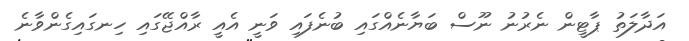
އަދާލަތު ޕާޓީން ނެރުނު ނޫސް ބަޔާނެއްގައި ބުނެފައި ވަނީ އެއީ ރާއްޖޭގައި ހިނގައިގެންވާނެ